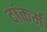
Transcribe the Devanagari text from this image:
दांकर्म